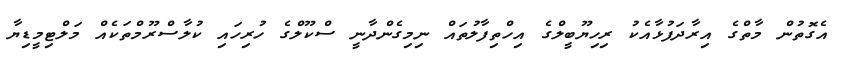
އެގޮތުން މާތްގެ އިރާދަފުޅާއެކު ރިހިޔޫބީލްގެ އިހްތިފާލުތައް ނިމިގެންދާނީ ސްކޫލްގެ ހުރިހައި ކުލާސްރޫމްތަކެއް މަލްޓިމީޑިޔާ